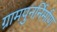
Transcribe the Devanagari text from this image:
ग्रामपुनर्निर्माण